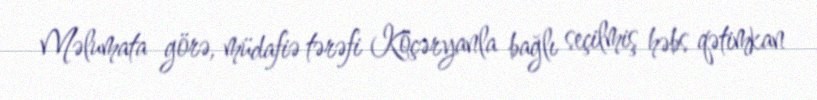
Məlumata görə, müdafiə tərəfi Köçəryanla bağlı seçilmiş həbs qətimkan